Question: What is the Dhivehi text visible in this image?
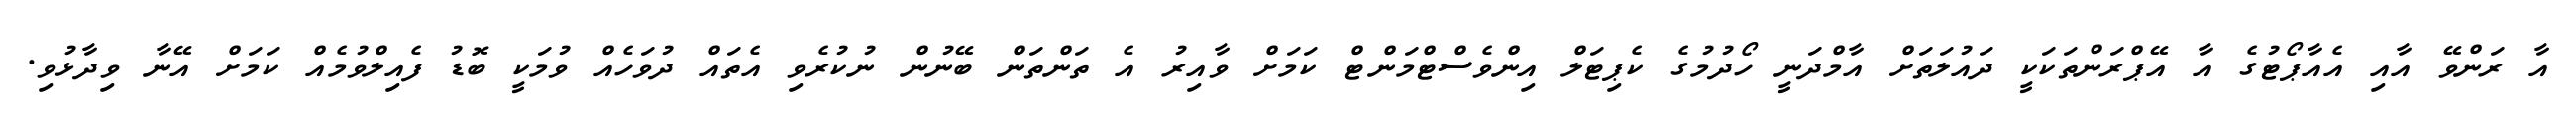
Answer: އާ ރަންވޭ އާއި އެއާޕޯޓުގެ އާ އޭޕްރަންތަކަކީ ދައުލަތަށް އާމްދަނީ ހޯދުމުގެ ކެޕިޓަލް އިންވެސްޓްމަންޓް ކަމަށް ވާއިރު އެ ތަންތަން ބޭނުން ނުކުރެވި އެތައް ދުވަހެއް ވުމަކީ ބޮޑު ފެއިލްވުމެއް ކަމަށް އޭނާ ވިދާޅުވި.